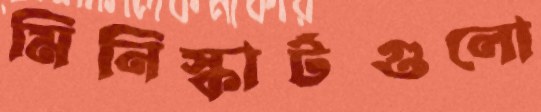
মিনিস্কার্টগুলো